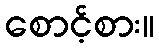
စောင့်စား။